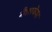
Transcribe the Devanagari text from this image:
मैलावेयर